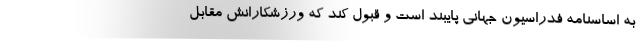
به اساسنامه فدراسیون جهانی پایبند است و قبول کند که ورزشکارانش مقابل